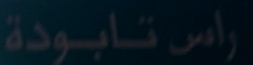
راسا تابودة